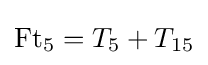
\operatorname {Ft} _{5}=T_{5}+T_{15}